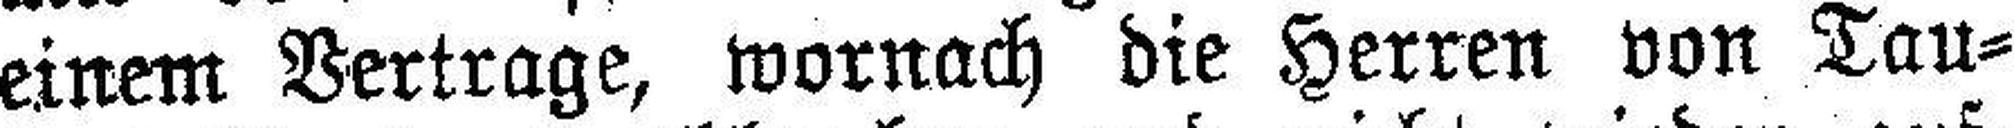
einem Vertrage, wornach die Herren von Tau¬